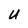
Character: u